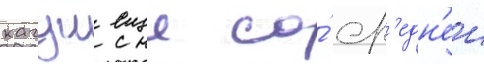
кагуи еще со́ ср'едн'еи